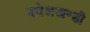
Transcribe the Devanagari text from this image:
बघेलखण्डी